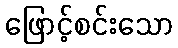
ဖြောင့်စင်းသော